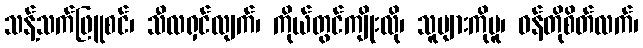
သန့်သက်ဖြူစင်၊ သီလရှင်လျက်၊ ကိုယ်တွင်ကျိုးလို၊ သူများကိုမူ၊ ဝန်တိုစိတ်လက်၊